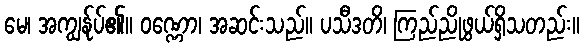
မေ၊ အကျွန်ုပ်၏။ ဝဏ္ဏော၊ အဆင်းသည်။ ပသီဒတိ၊ ကြည်ညိုဖွယ်ရှိသတည်း။